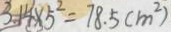
3 . 1 4 \times 5 ^ { 2 } = 7 8 . 5 ( m ^ { 2 } )